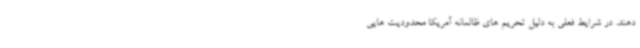
دهند. در شرایط فعلی به دلیل تحریم های ظالمانه آمریکا محدودیت هایی